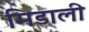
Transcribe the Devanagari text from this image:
मिडाली